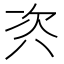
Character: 𭁊